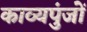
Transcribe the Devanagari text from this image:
काव्यपुंजों